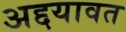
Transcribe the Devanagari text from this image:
अद्दयावत